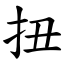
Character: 扭